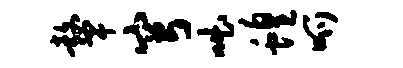
鼙穹咄蝗呱